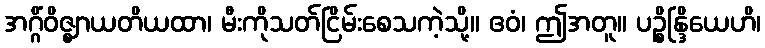
အဂ္ဂိံဝိဇ္ဈာယတိယထာ၊ မီးကိုသတ်ငြိမ်းစေသကဲ့သို့။ ဧဝံ၊ ဤအတူ။ ပဉ္စိန္ဒြိယေဟိ၊